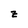
Character: z